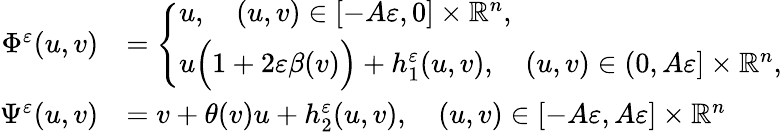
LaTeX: \begin{array}{rl}{\Phi^{\varepsilon}(u,v)}&{=\left\{ \begin{array}{ll}{u,\quad(u,v)\in[-A\varepsilon,0]\times\mathbb{R}^{n},}\\ {u\Big(1+2\varepsilon\beta(v)\Big)+h_{1}^{\varepsilon}(u,v),\quad(u,v)\in(0,A\varepsilon]\times\mathbb{R}^{n},}\end{array}\right.}\\ {\Psi^{\varepsilon}(u,v)}&{=v+\theta(v)u+h_{2}^{\varepsilon}(u,v),\quad(u,v)\in[-A\varepsilon,A\varepsilon]\times\mathbb{R}^{n}}\end{array}